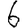
Digit: 6